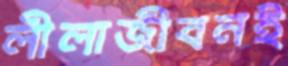
লীলাজীবনই